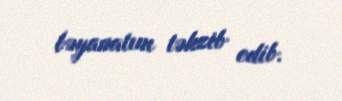
bəyanatını təkzib edib.